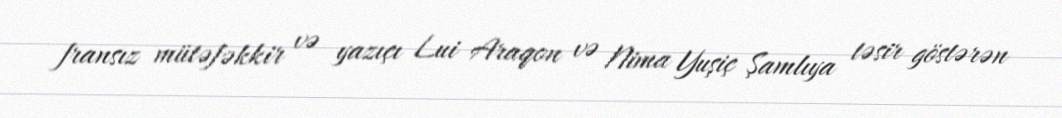
fransız mütəfəkkir və yazıçı Lui Araqon və Nima Yuşiç Şamlıya təsir göstərən